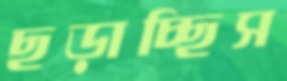
ছড়াচ্ছিস